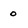
Character: o